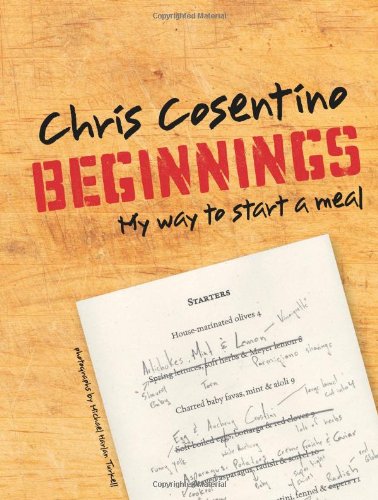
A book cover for Beginnings: My Way To Start a Meal; Chris Cosentino; Cookbooks, Food & Wine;